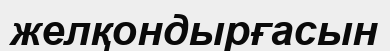
желқондырғасын